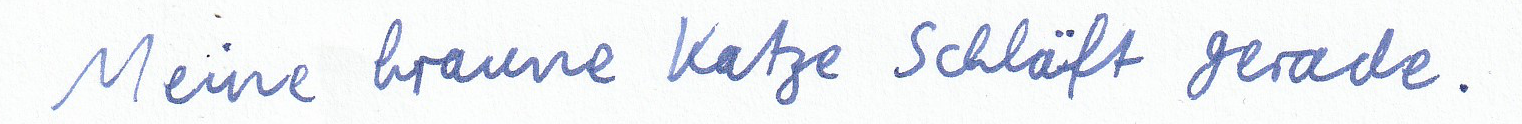
Meine braune Katze schläft gerade.